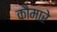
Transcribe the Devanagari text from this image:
कौमारे